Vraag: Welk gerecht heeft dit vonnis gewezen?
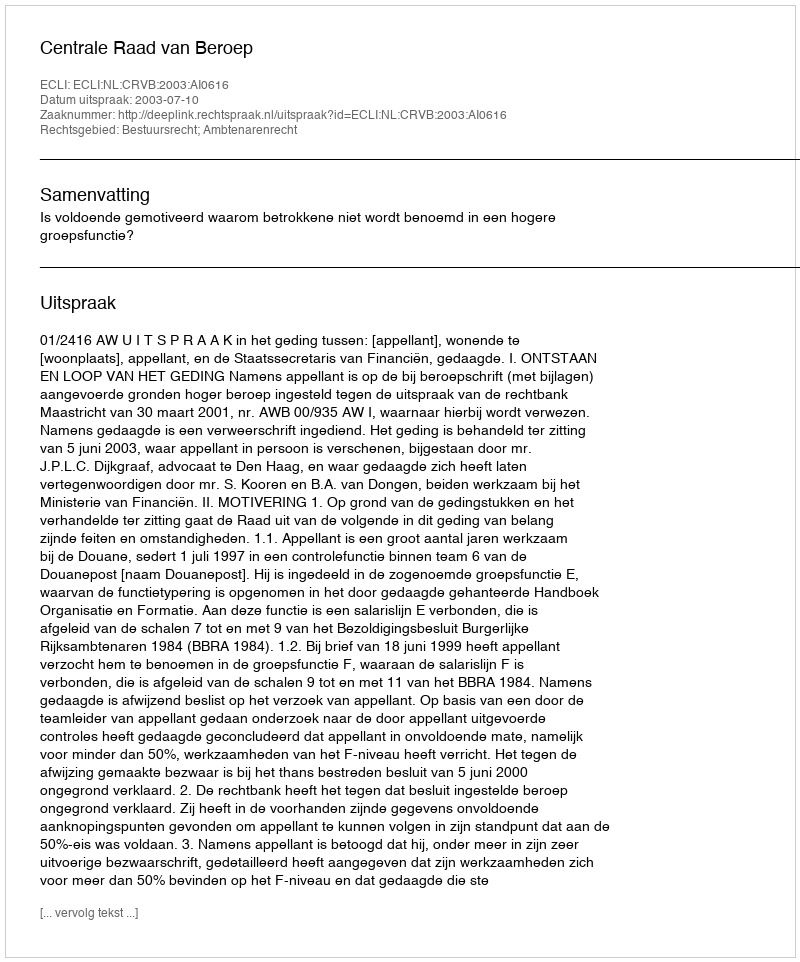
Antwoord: Centrale Raad van Beroep